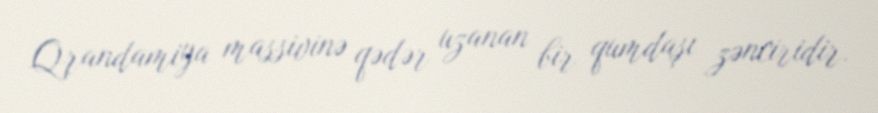
Qrandamiya massivinə qədər uzanan bir qumdaşı zənciridir.